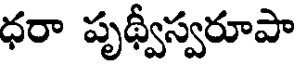
ధరా పృథ్వీస్వరూపా